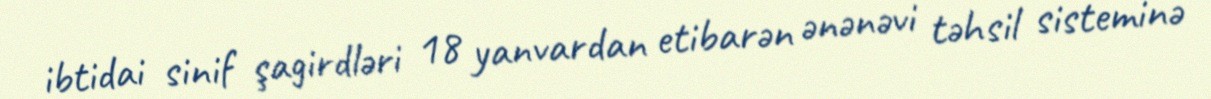
ibtidai sinif şagirdləri 18 yanvardan etibarən ənənəvi təhsil sisteminə